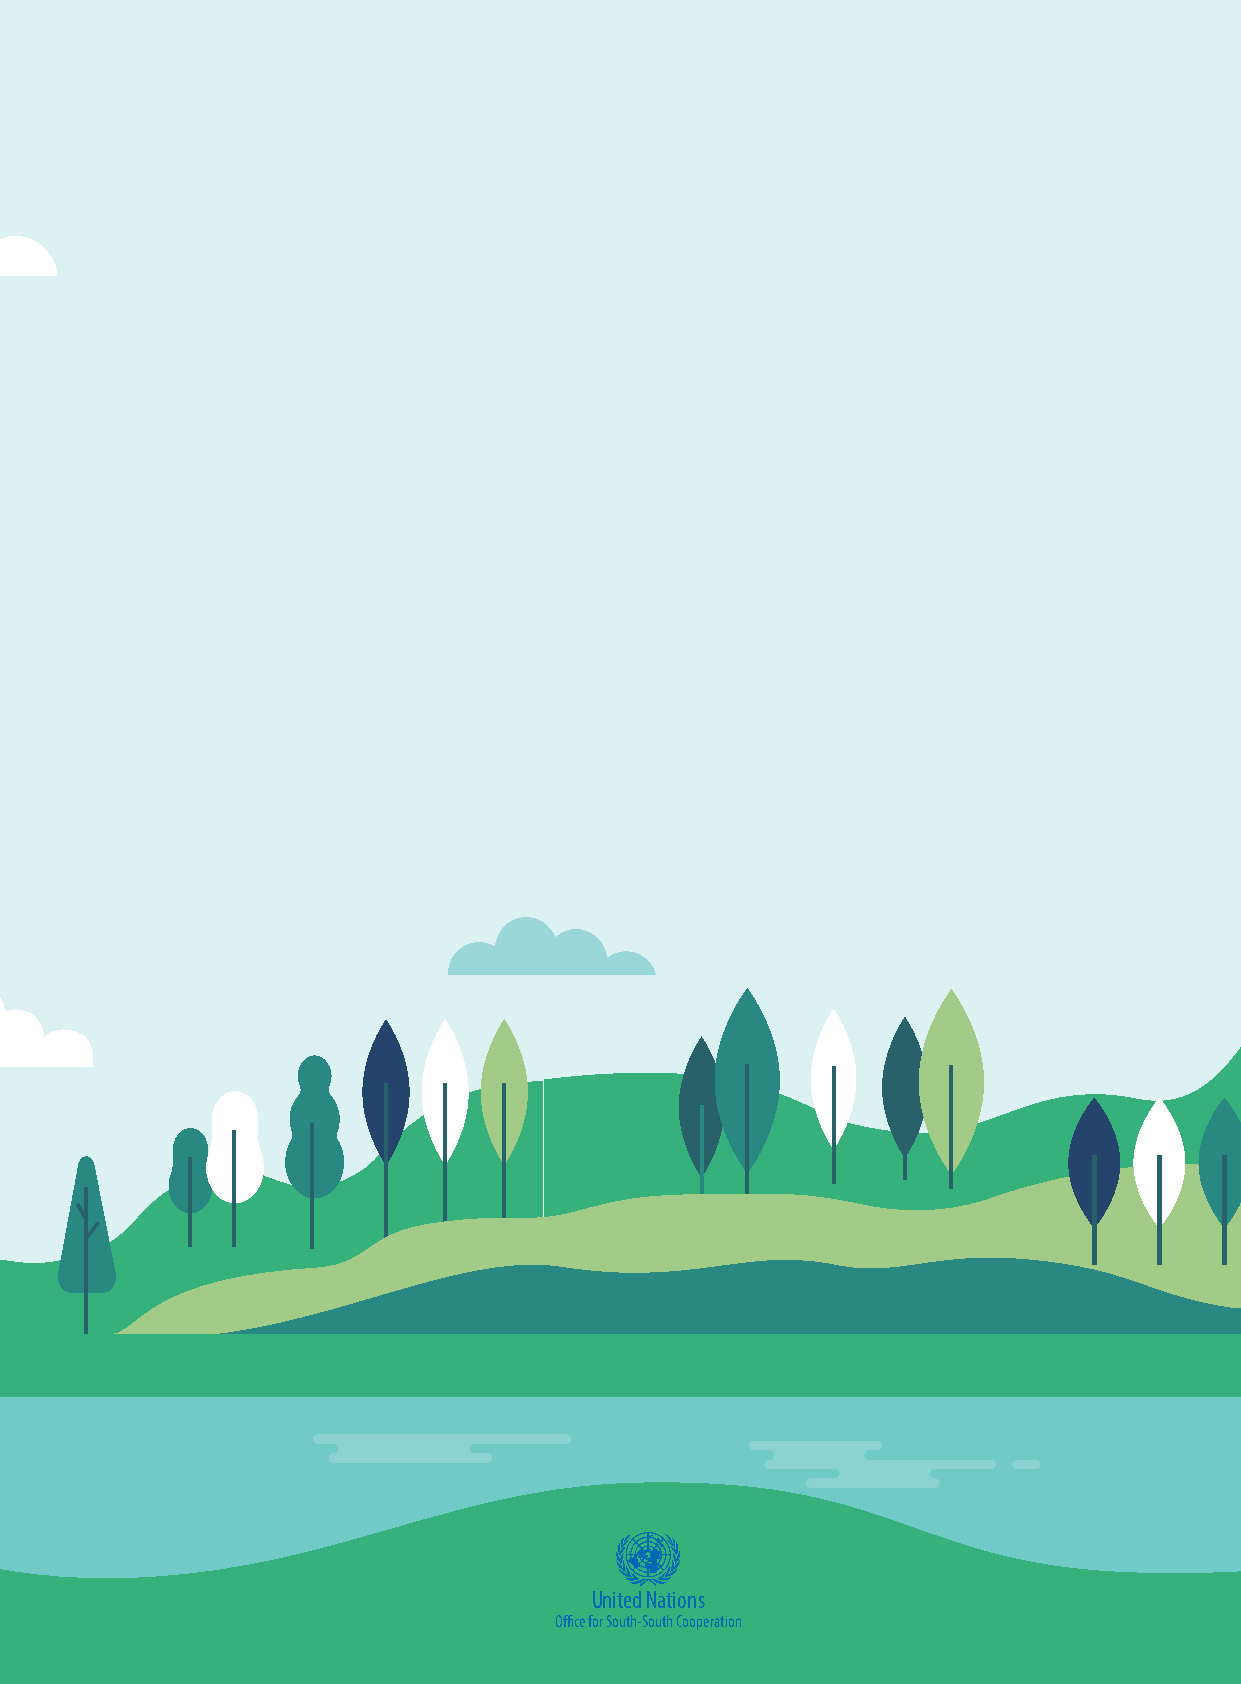
United Nations
 Office for South-South Cooperation
 Innovative   Experiences     of Cities：
 Environmental     Sustainability   and  Climate   Action  through
 South-South     and  Triangular   Cooperation
 United Nations
 . 45 .                         Office for South-South Cooperation